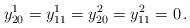
LaTeX: \begin{align*} y^1_{20}=y^1_{11}=y^2_{20}=y^2_{11}=0\,.\end{align*}